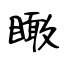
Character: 瞰